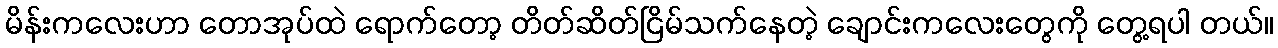
မိန်းကလေးဟာ တောအုပ်ထဲ ရောက်တော့ တိတ်ဆိတ်ငြိမ်သက်နေတဲ့ ချောင်းကလေးတွေကို တွေ့ရပါ တယ်။